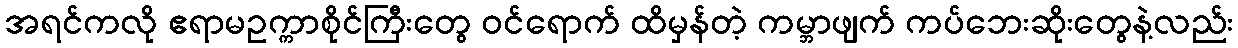
အရင်ကလို ဧရာမဥက္ကာစိုင်ကြီးတွေ ဝင်ရောက် ထိမှန်တဲ့ ကမ္ဘာဖျက် ကပ်ဘေးဆိုးတွေနဲ့လည်း